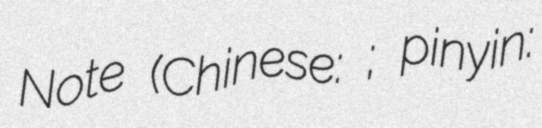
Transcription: Note (Chinese: 终极笔记; pinyin: